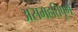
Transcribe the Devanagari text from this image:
असमहतिपूर्ण